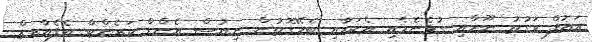
އައުފް ވަގުތު ނޫހާއި ގުޅެނެމެއި އެކަމާއި ބެހޭގޮތުން ނިއުސް އެންޑް ކަރެންޓް އެފެއާރޒް